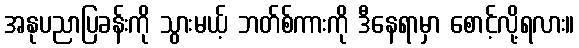
အနုပညာပြခန်းကို သွားမယ့် ဘတ်စ်ကားကို ဒီနေရာမှာ စောင့်လို့ရလား။